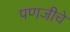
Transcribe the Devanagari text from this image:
पणजीचे